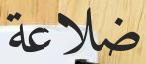
ضلاعة